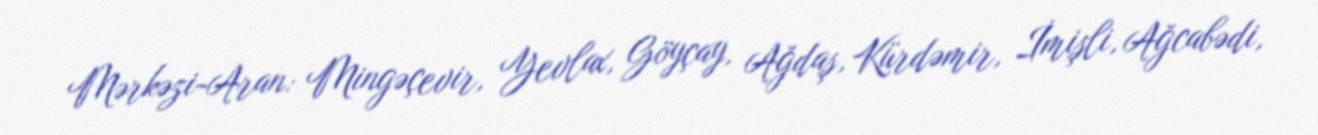
Mərkəzi-Aran: Mingəçevir, Yevlax, Göyçay, Ağdaş, Kürdəmir, İmişli, Ağcabədi,